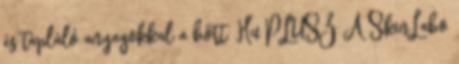
és tápláló anyagokkal a bőrt. Hu PLUSZ A SkinLabo